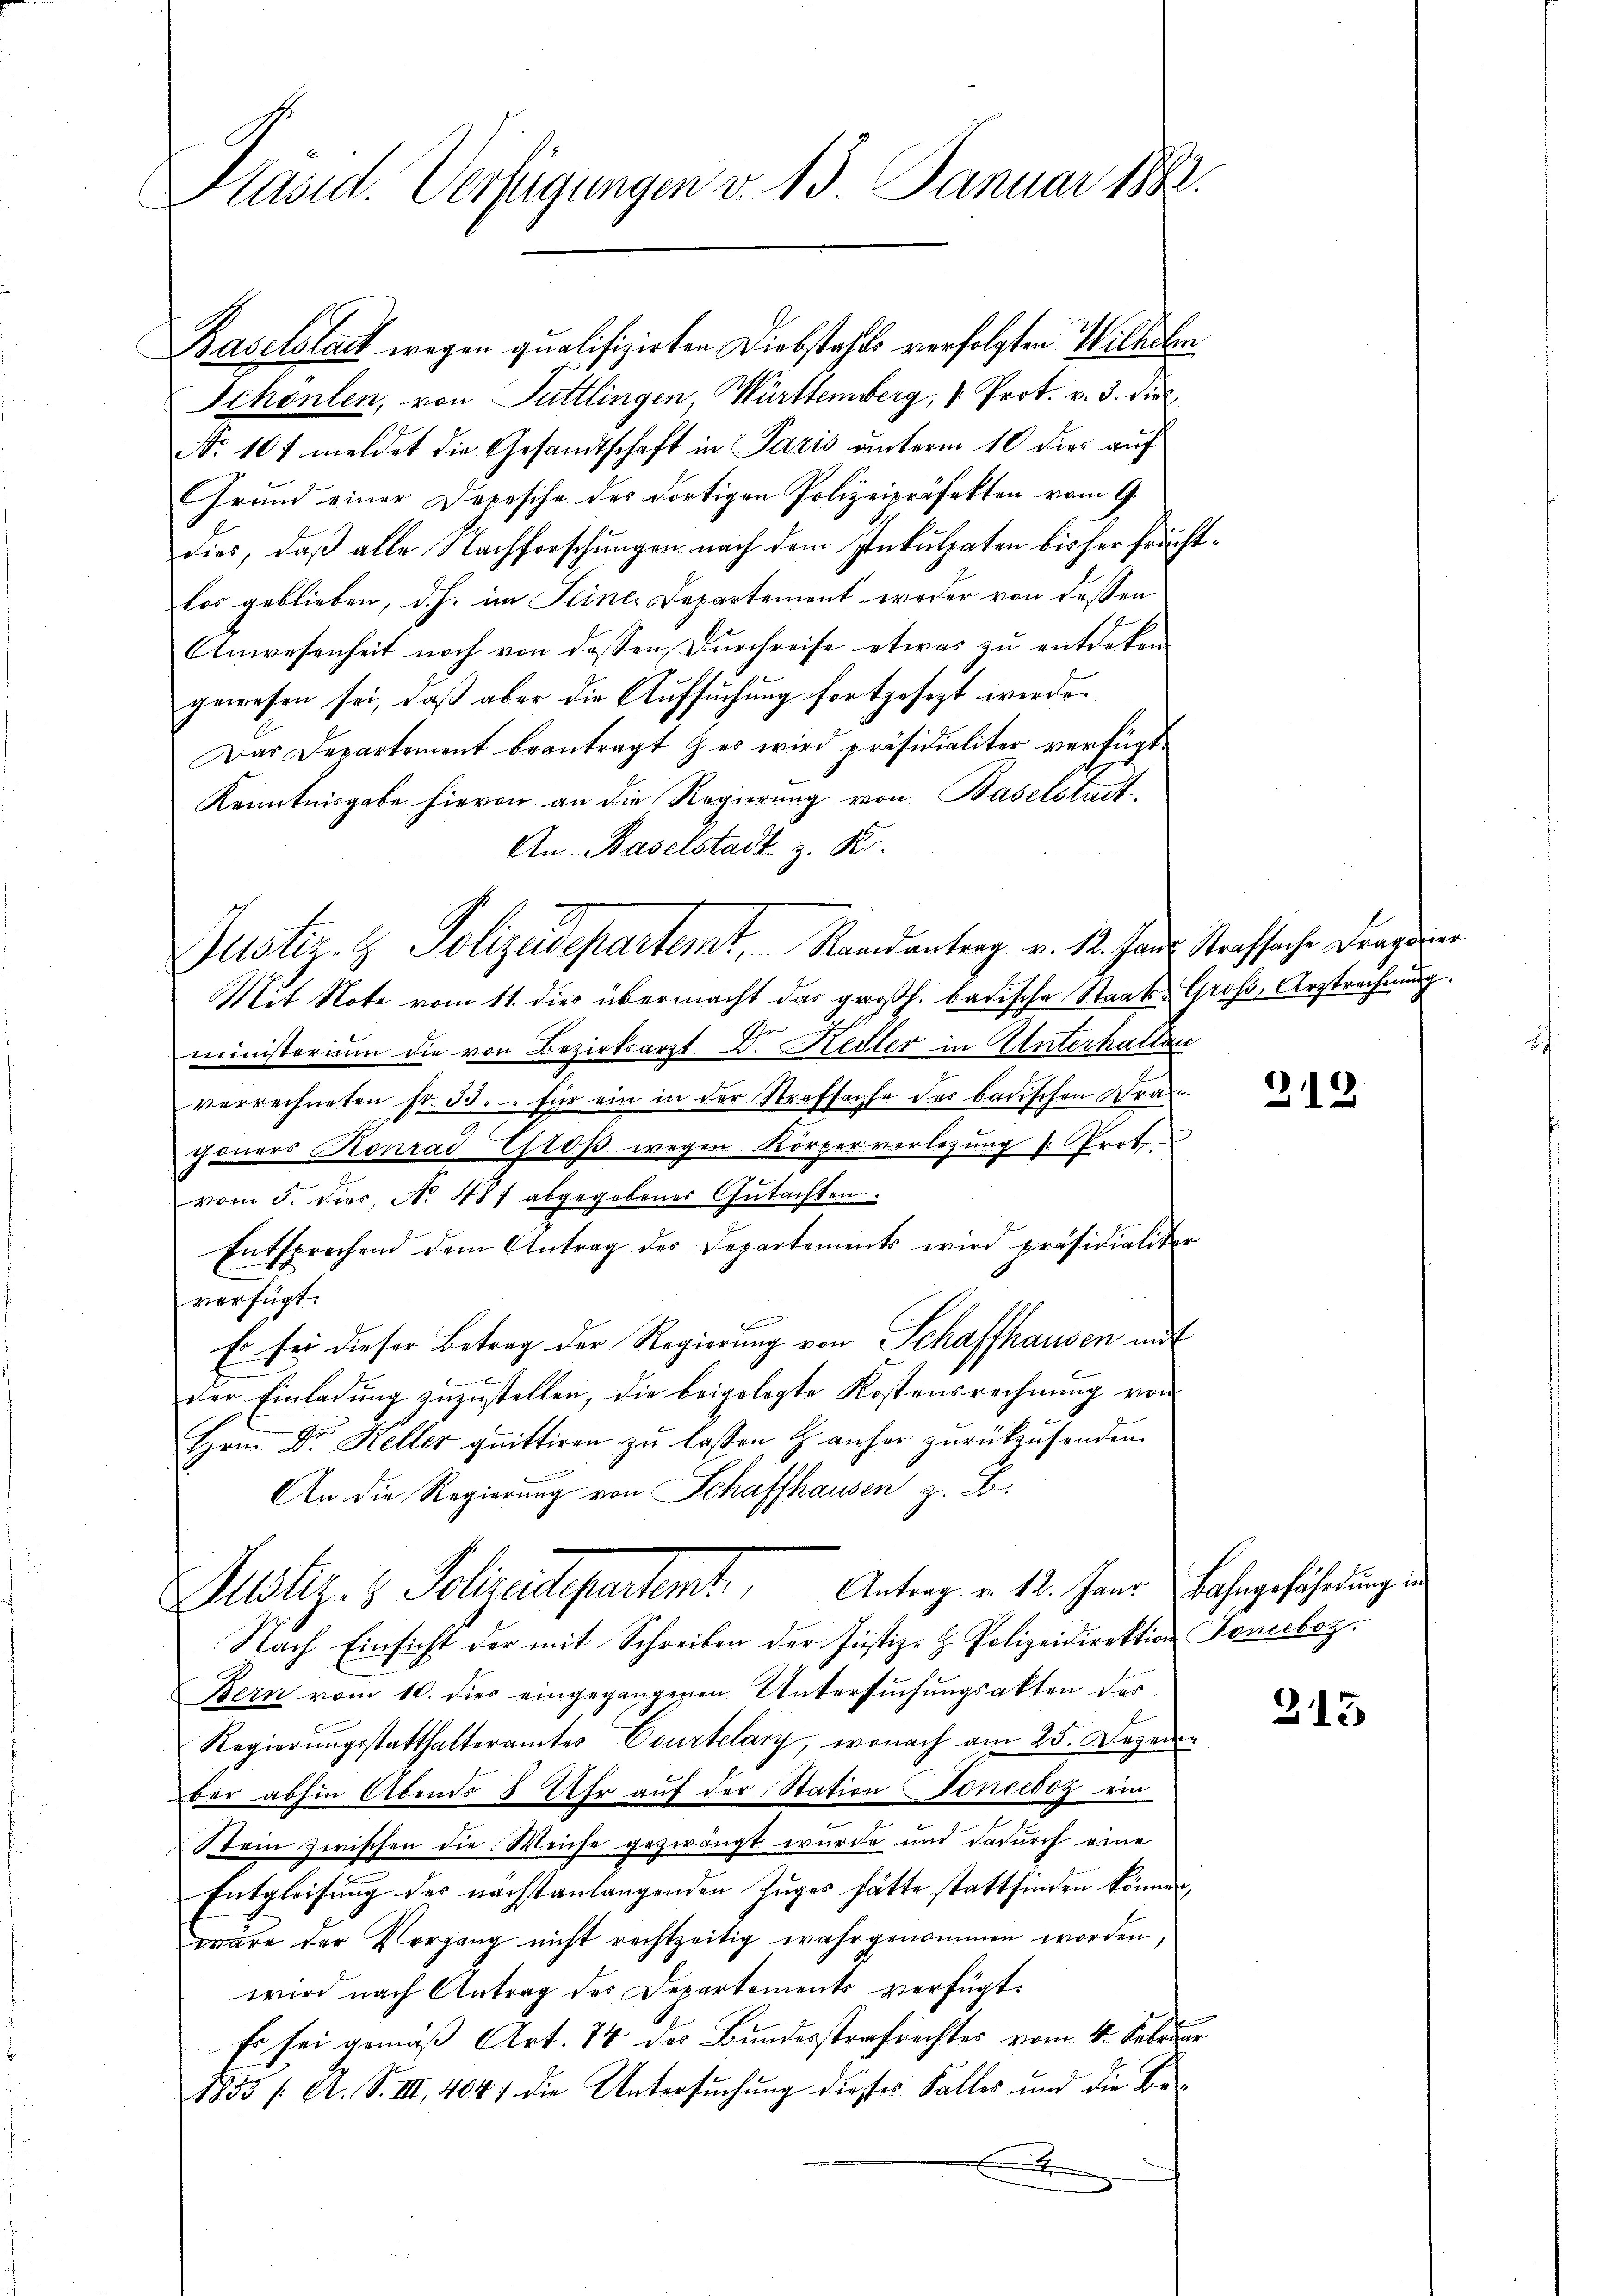
Baselstadt wegen qualifizirten Diebstahls verfolgten Wilhelm
Schönlen, von Tuttlingen, Württemberg, 1 Prot. v. 3. die
No. 101 meldet die Gesandtschaft in Paris unterm 10 dies auf
Grund einer Depesche des dortigen Polizeipräfekten vom 9.
dies, daß alle Nachforschungen nach dem Inkulpaten bisher fruchtlos geblieben, d.h. im Seiner Departement weder von dessen
Anwesenheit noch von dessen Durchreise etwas zu entdeken.
gewesen sei, daß aber die Aufsuchung fortgesezt werden
Das Departement beantragt es wird präsidialiter verfügt
Kenntnisgabe hievon an die Regierung von Baselstadt,
An Baselstadt z. R.
Mit Note vom 11. dies übermacht das großh. badische Staats-Groß, Arztrechnung.
ministerium die von Bezirksarzt D. Redter in Unterhalten
verrechneten Fr. 33. für ein in der Strafsache des badischen Dran
poners Konrad Gloß wegen Körper vorlegung (: Prot.
vom 5. dies. No. 487 abgegebener Gutachten.
Entsprechend dem Antrag des Departements wird präsidialiter
verfügt:
Es sei dieser Betrag der Regierung von Schaffhausen mit
der Einladung zuzustellen, die beigelegte Kostensrechnung von
Hrn. Dr. Keller quittiren zu lassen & anher zurückzusenden.
An die Regierung von Schaffhausen z. B.
Justiz- & Polizeidepartamt Antrag v. 12. Janer Bahngeführungen
Nach Einsicht der mit Schreiben der Justiz- & Polizeidirektion Soneboz.
Bern vom 10. dies eingegangenen Untersuchungsakten des
Regierungsstatthalteramtes Courtelary, wonach am 25. Dezem
bar abhin Abends 8 Uhr auf der Station Tonceboz ein
Stein zwischen die Weiche gezwängt wurde und dadurch eine
Entgleisung des nächstanlangenden Zuges hätte stattfinden können,
wäre der Vorgang nicht rechtzeitig wahrgenommen worden,
wird nach Antrag des Departements verfügt:
Es sei gemäß Art. 74 des Bundesstrafrechtes vom 4. Februar
1855 / A. S. III, 404 die Untersuchung diesses Falles und die Be¬
.

Harid. Verfügungen v. 13. Januar 1882.

Justiz- & Polizeidepartemt, Randantrag v. 12. Haus Strafsache Fragene

22

215